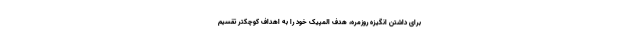
برای داشتن انگیزه روزمره، هدف المپیک خود را به اهداف کوچکتر تقسیم